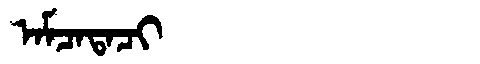
Manchu: ᠠᠮᠴᠠᡨᠠᠴᡳ
Romanization: AMCATACI